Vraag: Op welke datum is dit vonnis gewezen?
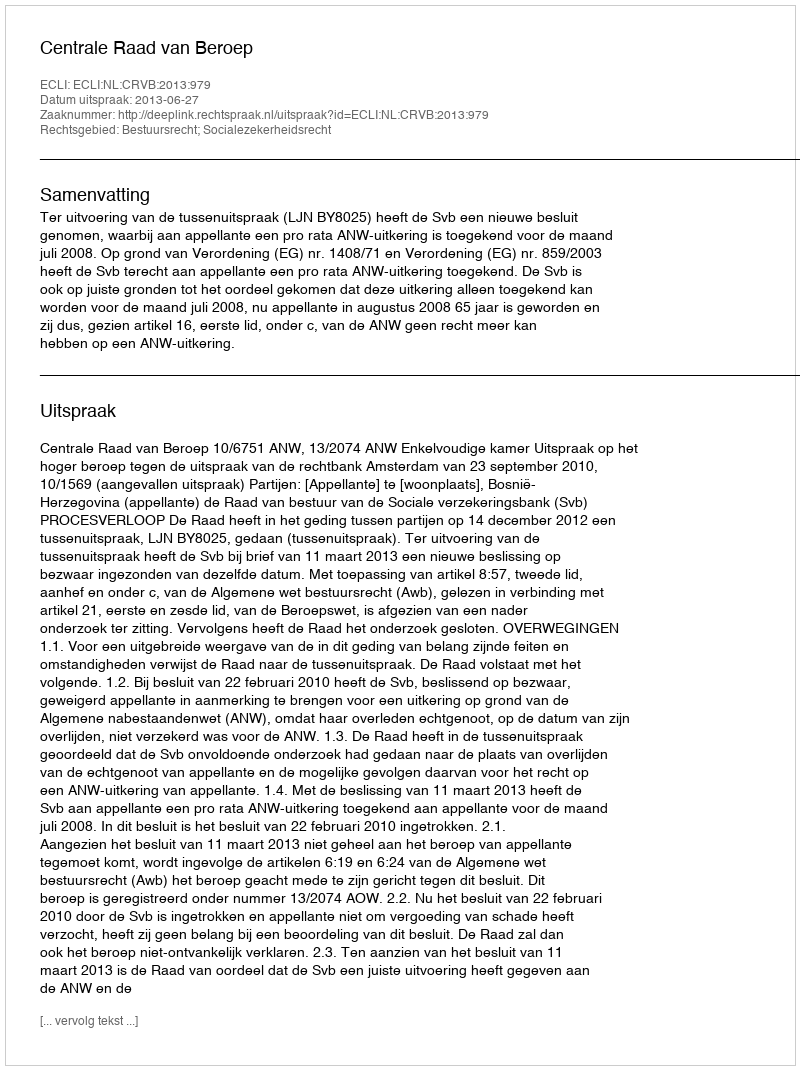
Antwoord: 2013-06-27